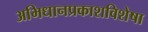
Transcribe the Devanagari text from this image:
अभिधानप्रकाशविशेषा